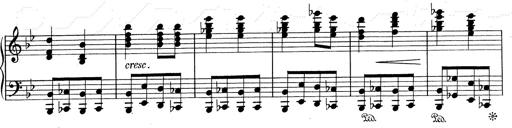
Title: RÃ©miniscences de Don Juan
Composer: Franz Liszt